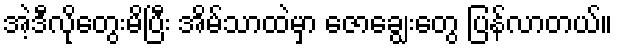
အဲ့ဒီလိုတွေးမိပြီး အိမ်သာထဲမှာ ဇောချွေးတွေ ပြန်လာတယ်။